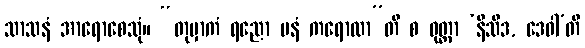
သာသနံ အာရောစေသုံ။ “တုမှာကံ ရညော မနံ ကရောထာ”တိ စ ဝုတ္တာ ‘နိသီဒ, ဒေဝါ’တိ